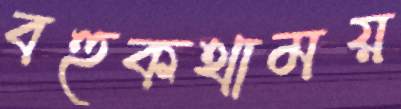
বহুকথাময়